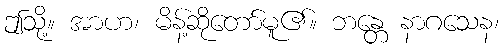
ဤသို့။ အာဟ၊ မိန့်ဆိုတော်မူ၏။ ဘန္တေ နာဂသေန၊